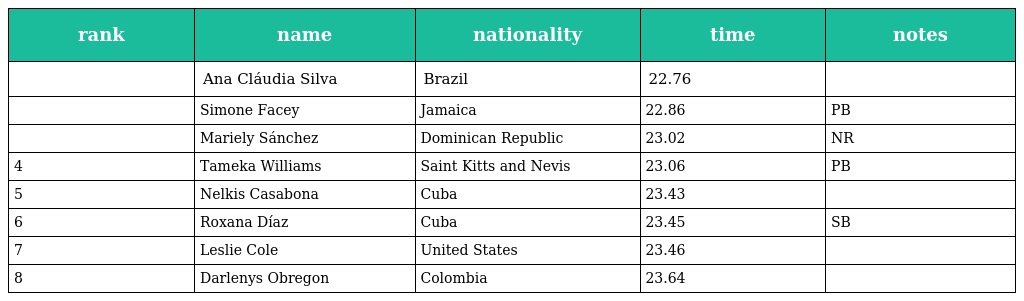
| rank | name | nationality | time | notes |
 | --- | --- | --- | --- | --- |
 |  | Ana Cláudia Silva | Brazil | 22.76 |  |
 |  | Simone Facey | Jamaica | 22.86 | PB |
 |  | Mariely Sánchez | Dominican Republic | 23.02 | NR |
 | 4 | Tameka Williams | Saint Kitts and Nevis | 23.06 | PB |
 | 5 | Nelkis Casabona | Cuba | 23.43 |  |
 | 6 | Roxana Díaz | Cuba | 23.45 | SB |
 | 7 | Leslie Cole | United States | 23.46 |  |
 | 8 | Darlenys Obregon | Colombia | 23.64 |  |